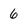
Character: 6